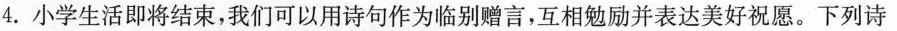
4.小学生活即将结束，我们可以用诗